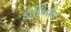
ઈલિયોટ